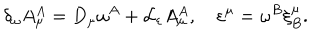
LaTeX: \delta _ { \omega } A _ { \mu } ^ { A } = D _ { \mu } \omega ^ { A } + { \cal L } _ { \varepsilon } A _ { \mu } ^ { A } , \quad \varepsilon ^ { \mu } = \omega ^ { B } \xi _ { B } ^ { \mu } .